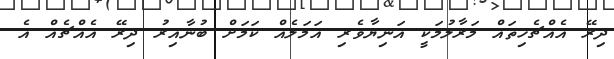
ދިރޭ އެއްޗެހިތައް މަރާލުމަކީ އަނިޔާވެރި އަމަލެއް ކަމަށް ބުނާއިރު ދިރޭ އެއްޗެއް އެ